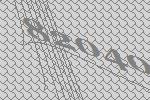
82040